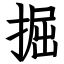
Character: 掘